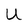
Character: U